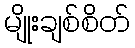
မျိုးချစ်စိတ်